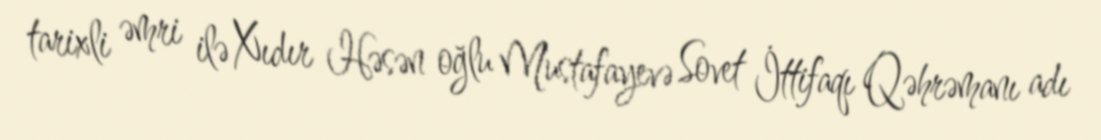
tarixli əmri ilə Xıdır Həsən oğlu Mustafayevə Sovet İttifaqı Qəhrəmanı adı